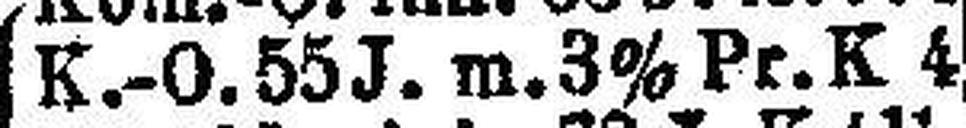
K.-O. 55 J. m. 3% Pr. K 4